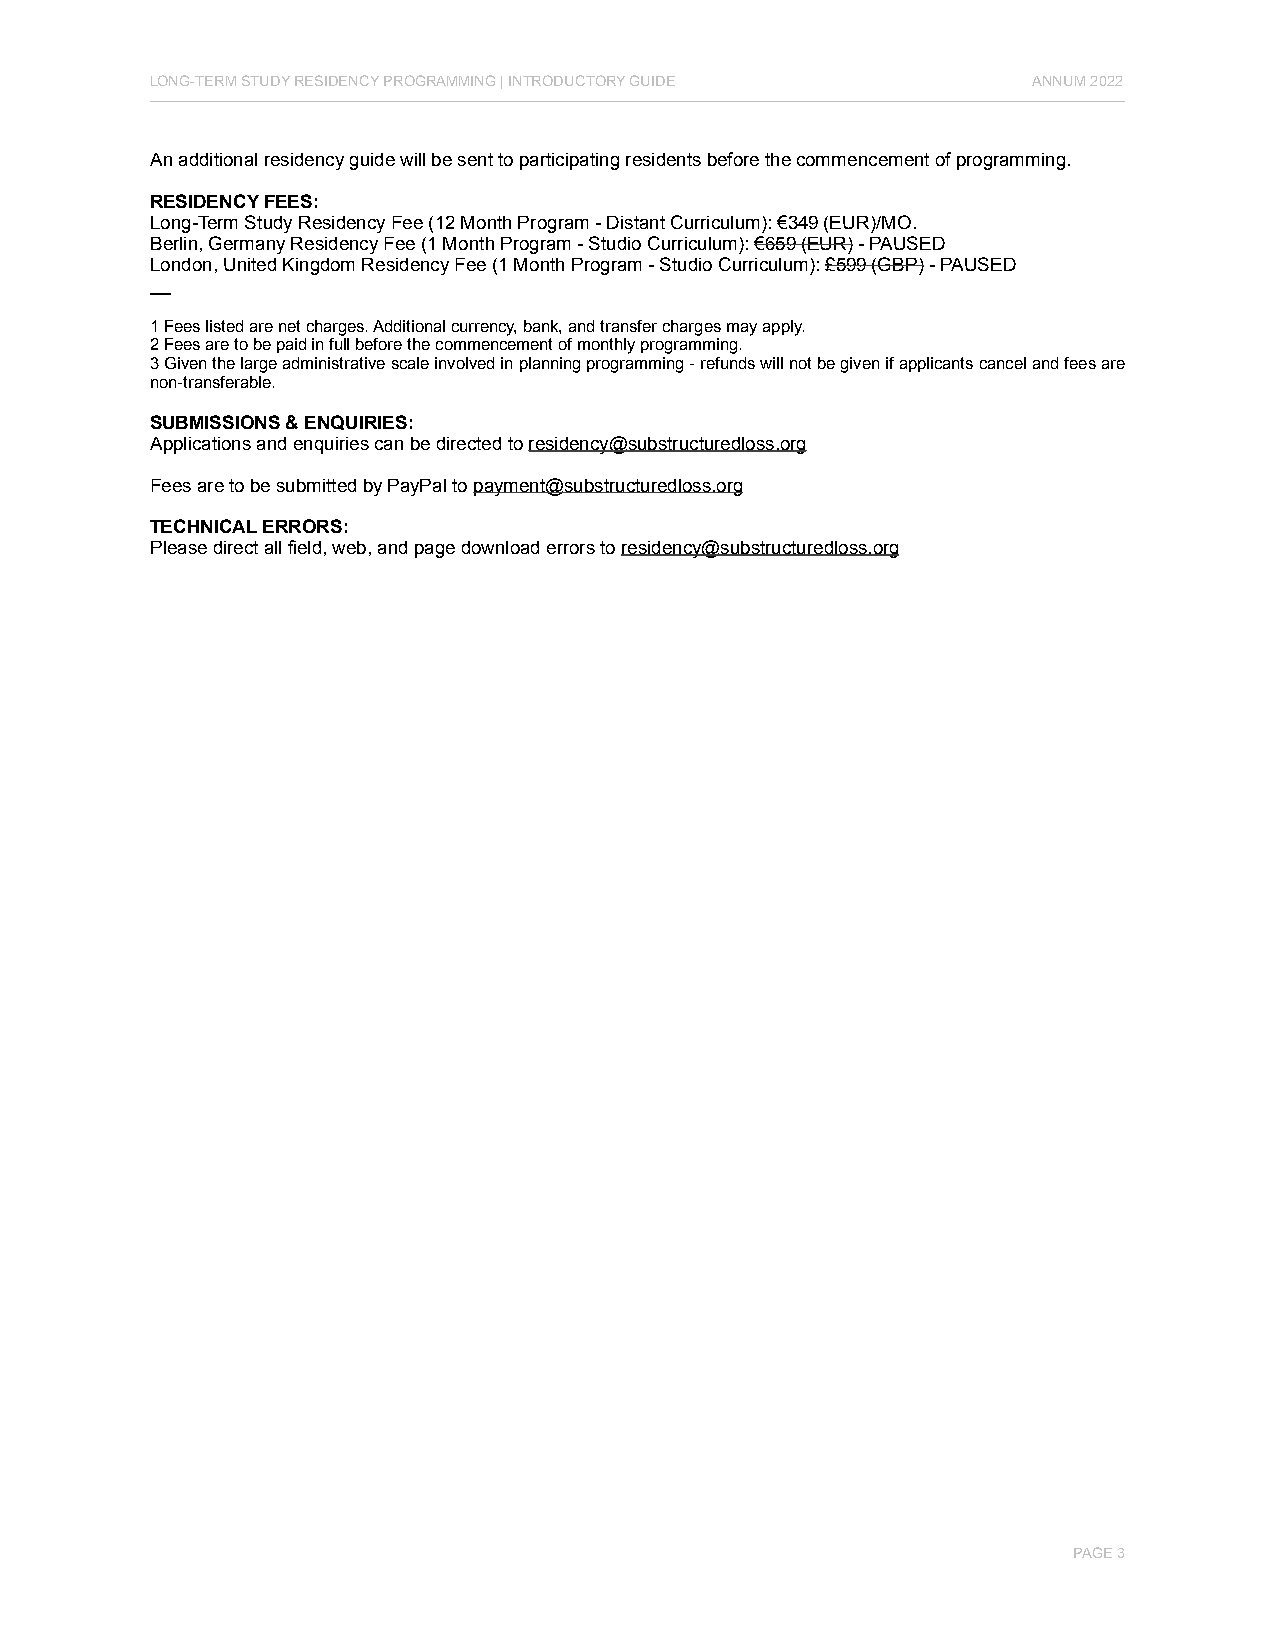
LONG-TERM STUDY RESIDENCY PROGRAMMING | INTRODUCTORY GUIDE ANNUM 2022
 An additional residency guide will be sent to participating residents before the commencement of programming.
 RESIDENCY FEES:
 Long-Term Study Residency Fee (12 Month Program - Distant Curriculum): €349 (EUR)/MO.
 Berlin, Germany Residency Fee (1 Month Program - Studio Curriculum): €659 (EUR) - PAUSED
 London, United Kingdom Residency Fee (1 Month Program - Studio Curriculum): £599 (GBP) - PAUSED
 __
 1 Fees listed are net charges. Additional currency, bank, and transfer charges may apply.
 2 Fees are to be paid in full before the commencement of monthly programming.
 3 Given the large administrative scale involved in planning programming - refunds will not be given if applicants cancel and fees are
 non-transferable.
 SUBMISSIONS & ENQUIRIES:
 Applications and enquiries can be directed to residency@substructuredloss.org
 Fees are to be submitted by PayPal to payment@substructuredloss.org
 TECHNICAL ERRORS:
 Please direct all field, web, and page download errors to residency@substructuredloss.org
 PAGE 3